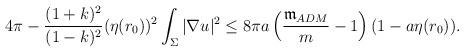
LaTeX: \begin{align*}\begin{aligned}& 4 \pi -\frac{(1+k)^{2}}{(1-k)^{2}} (\eta(r_{0}))^{2} \int_{\Sigma} |\nabla u|^2 \le 8\pi a\left(\frac{\mathfrak{m}_{ADM}}{m}-1\right) (1-a\eta(r_{0})) .\end{aligned}\end{align*}